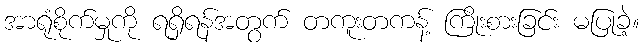
အာရုံစိုက်မှုကို ရရှိရန်အတွက် တကူးတကန့် ကြိုးစားခြင်း မပြုခဲ့။